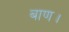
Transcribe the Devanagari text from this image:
बाण।